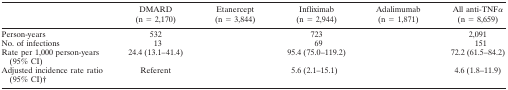
<table><thead><tr><td>[EMPTY_CELL]</td><td><b>DMARD (n = 2,170)</b></td><td><b>Etanercept (n = 3,844)</b></td><td><b>Infliximab (n = 2,944)</b></td><td><b>Adalimumab (n = 1,871)</b></td><td><b>All anti-TNFα (n = 8,659)</b></td></tr></thead><tbody><tr><td>Person-years</td><td>532</td><td>[EMPTY_CELL]</td><td>723</td><td>[EMPTY_CELL]</td><td>2,091</td></tr><tr><td>No. of infections</td><td>13</td><td>[EMPTY_CELL]</td><td>69</td><td>[EMPTY_CELL]</td><td>151</td></tr><tr><td>Rate per 1,000 person-years (95% CI)</td><td>24.4 (13.1–41.4)</td><td>[EMPTY_CELL]</td><td>95.4 (75.0–119.2)</td><td>[EMPTY_CELL]</td><td>72.2 (61.5–84.2)</td></tr><tr><td>Adjusted incidence rate ratio (95% CI)†</td><td>Referent</td><td>[EMPTY_CELL]</td><td>5.6 (2.1–15.1)</td><td>[EMPTY_CELL]</td><td>4.6 (1.8–11.9)</td></tr></tbody></table>